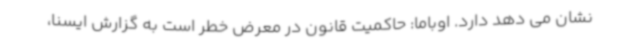
نشان می دهد دارد. اوباما: حاکمیت قانون در معرض خطر است به گزارش ایسنا،